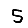
Digit: 5